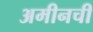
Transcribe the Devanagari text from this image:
अमीनची